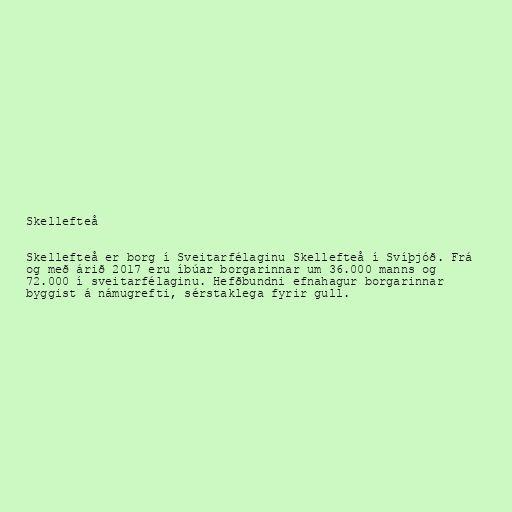
Skellefteå

Skellefteå er borg í Sveitarfélaginu Skellefteå í Svíþjóð. Frá
og með árið 2017 eru íbúar borgarinnar um 36.000 manns og
72.000 í sveitarfélaginu. Hefðbundni efnahagur borgarinnar
byggist á námugrefti, sérstaklega fyrir gull.